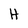
Character: H